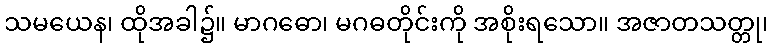
သမယေန၊ ထိုအခါ၌။ မာဂဓော၊ မဂဓတိုင်းကို အစိုးရသော။ အဇာတသတ္တု၊